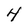
Character: 4